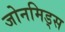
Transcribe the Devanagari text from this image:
जोनमिड्स